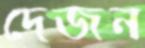
দেজন